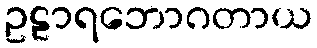
ဥဠာရဘောဂတာယ